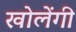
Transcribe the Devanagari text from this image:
खोलेंगी